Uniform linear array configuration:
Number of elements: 24
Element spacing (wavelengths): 0.25
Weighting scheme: blackman
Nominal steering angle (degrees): -15
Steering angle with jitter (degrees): -15.18
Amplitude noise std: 0.05
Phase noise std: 0.05

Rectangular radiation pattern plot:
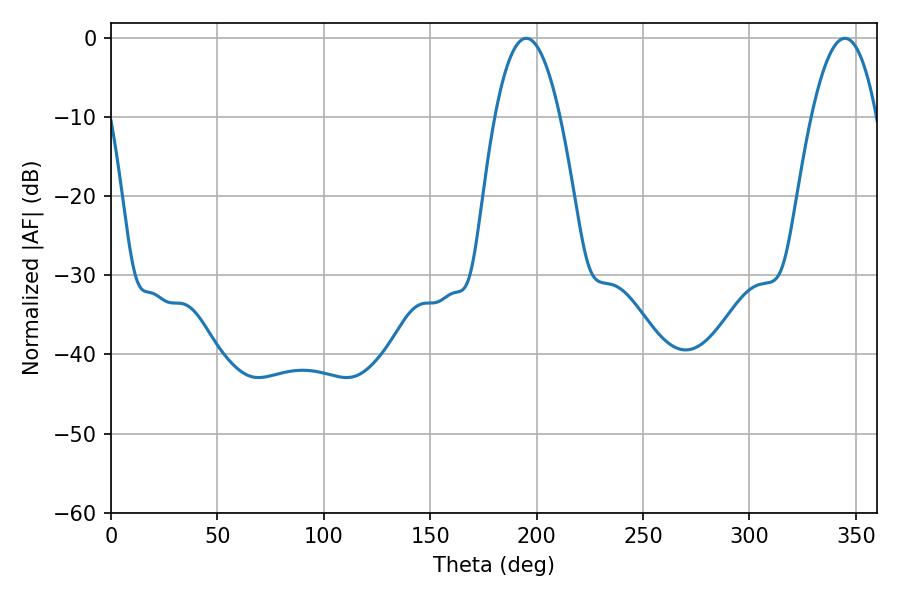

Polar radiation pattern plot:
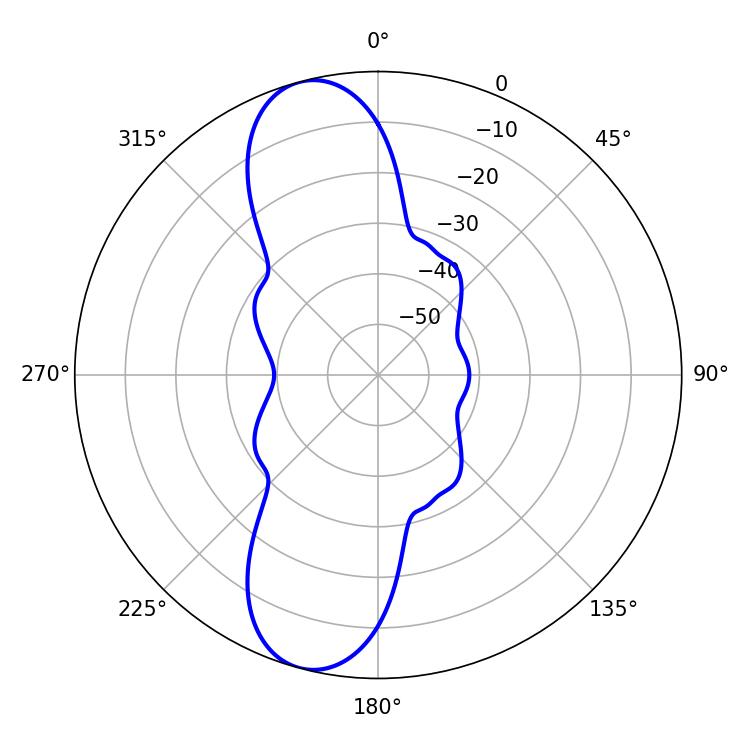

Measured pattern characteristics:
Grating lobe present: FALSE
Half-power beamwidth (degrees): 16.92
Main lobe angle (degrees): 195.12